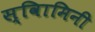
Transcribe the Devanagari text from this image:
स्वािमिनी